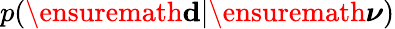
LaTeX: p(\ensuremath{\mathbf d}|\ensuremath{\boldsymbol\nu})